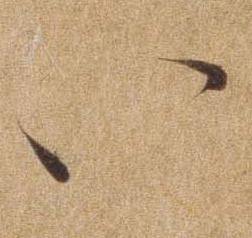
い